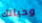
وحياتك